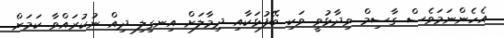
އެހެންނަމަވެސް ގާސިމް ވިދާޅުވީ ވަކި ބޭފުޅަކާއި ދިމާލަށް އިނގިލި ދިއް ނުކުރައްވާ ކަމަށް